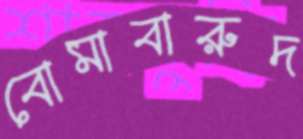
বোমাবারুদ